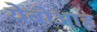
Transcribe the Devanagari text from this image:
येबोआह